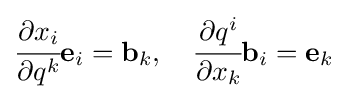
{\cfrac {\partial x_{i}}{\partial q^{k}}}\mathbf {e} _{i}=\mathbf {b} _{k},\quad {\cfrac {\partial q^{i}}{\partial x_{k}}}\mathbf {b} _{i}=\mathbf {e} _{k}